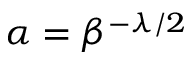
\alpha = \beta ^ { - \lambda / 2 }